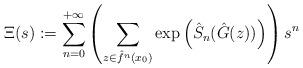
LaTeX: \begin{align*}\Xi(s):=\sum_{n=0}^{+\infty}\left(\sum_{z\in\hat{f}^{n}(x_{0})}\exp\left(\hat{S}_{n}(\hat{G}(z))\right)\right)s^{n}\end{align*}